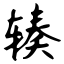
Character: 辏